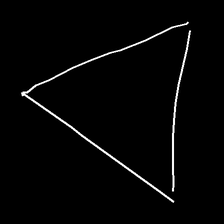
Glyph: convergence